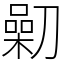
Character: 𠟯